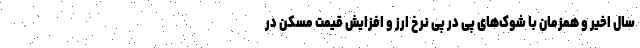
سال اخیر و همزمان با شوک‌های پی در پی نرخ ارز و افزایش قیمت مسکن در